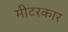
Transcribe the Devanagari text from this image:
मीटरकार